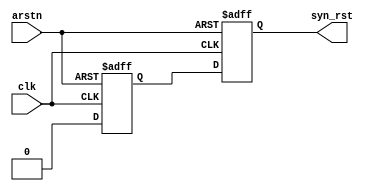
`timescale 1ns / 1ps
//////////////////////////////////////////////////////////////////////////////////
// Company: 
// Engineer: 
// 
// Design Name: 
// Module Name: arst_syn_release
// Project Name: 
// Target Devices: 
// Tool Versions: 
// Description: 
// 
// Dependencies: 
// 
// Revision:
// Revision 0.01 - File Created
// Additional Comments:
// 
//////////////////////////////////////////////////////////////////////////////////


module arst_syn_release(
input arstn, 
input clk,
output syn_rst
    );
    
reg reset1;
reg reset2;
assign syn_rst = reset2;

always@(posedge clk or negedge arstn)begin
        if(!arstn) begin
                reset1 <= 1'b1;
                reset2 <= 1'b1;
        end
        else begin
               reset1 <= 1'b0;
               reset2 <= reset1;
        end
end
endmodule